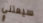
سيعتني